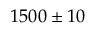
1 5 0 0 \pm 1 0